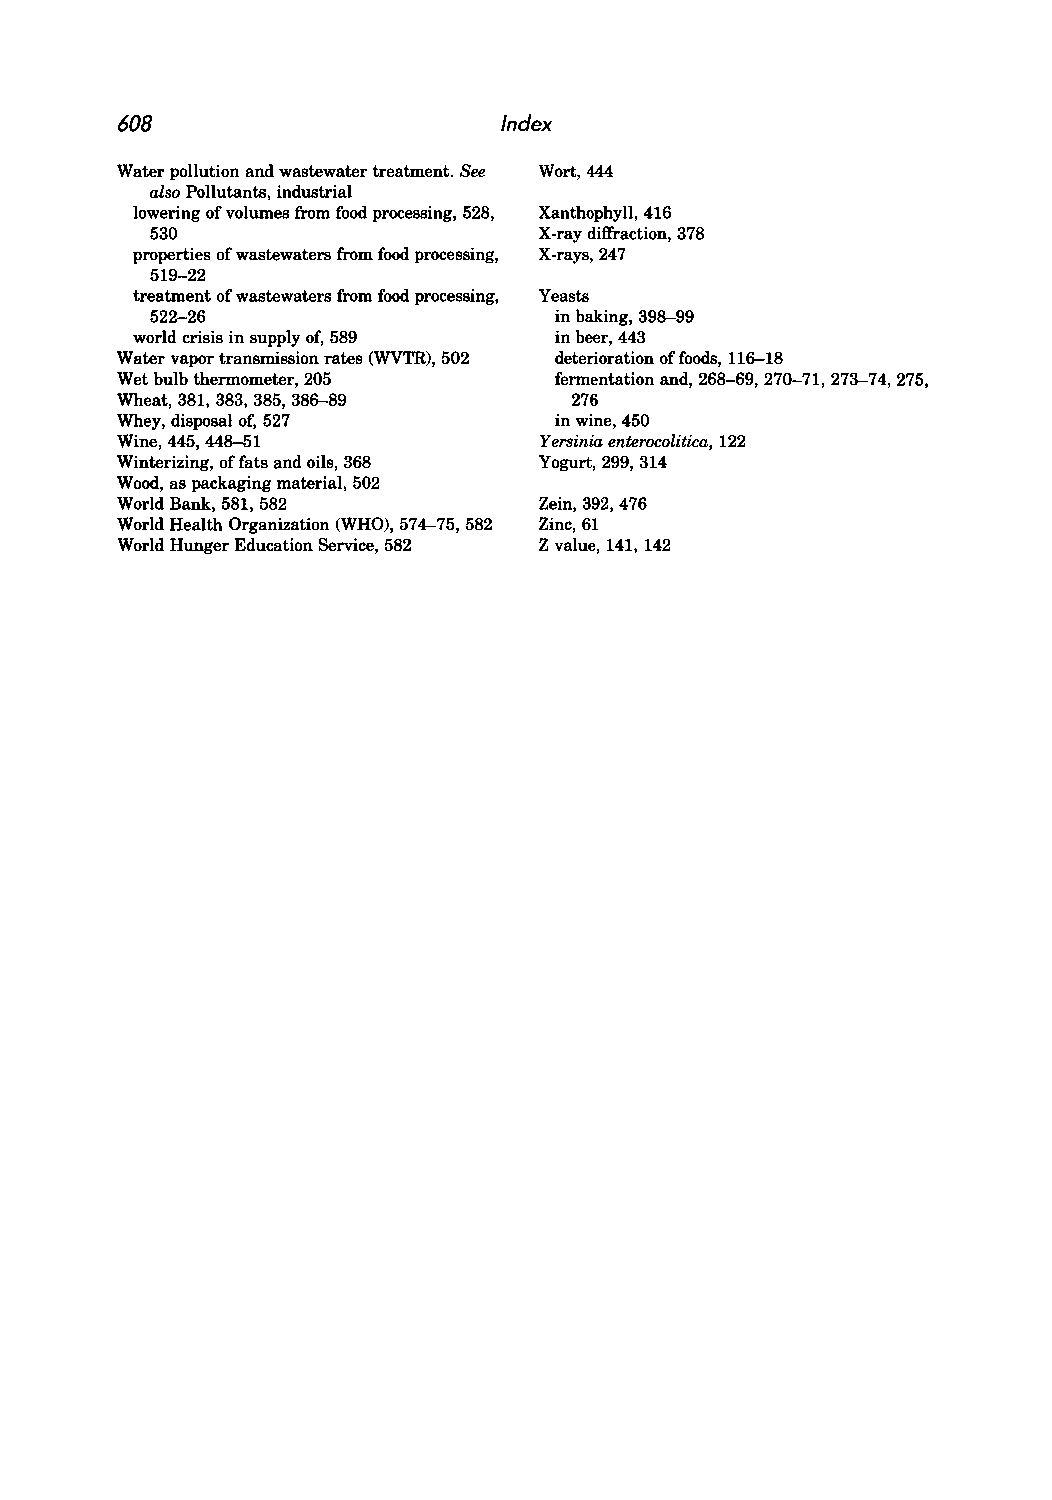
608                      Index
 Water pollution and wastewater treatment. See Wort, 444
 also Pollutants, industrial
 lowering of volumes from food processing, 528, Xanthophyll, 416
 530                       X-ray diffraction, 378
 properties of wastewaters from food processing, X-rays, 247
 519-22
 treatment of wastewaters from food processing, Yeasts
 522-26                     in baking, 398-99
 world crisis in supply of, 589 in beer, 443
 Water vapor transmission rates (WVTR), 502 deterioration of foods, 116-18
 Wet bulb thermometer, 205    fermentation and, 268-69, 270-71, 273-74, 275,
 Wheat, 381,383,385,386-89     276
 Whey, disposal of, 527       in wine, 450
 Wine, 445, 448-51           Yersinia enterocolitica, 122
 Winterizing, of fats and oils, 368 Yogurt, 299, 314
 Wood, as packaging material, 502
 World Bank, 581, 582        Zein, 392, 476
 World Health Organization (WHO), 574--75, 582 Zinc, 61
 World Hunger Education Service, 582 Z value, 141, 142